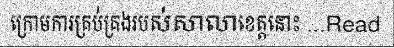
ក្រោមការគ្រប់គ្រងរបស់សាលាខេត្តនោះ ...Read